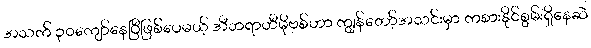
အသက် ၃၀ကျော်နေပြီဖြစ်ပေမယ့် အီဘရာဟီမိုဗစ်ဟာ ကျွန်တော့်အသင်းမှာ ကစားနိုင်စွမ်းရှိနေဆဲ